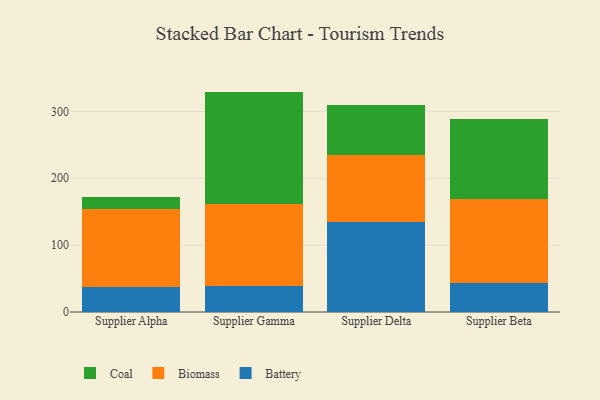
{"axis": {"x": "Supplier", "y": "Temperature (°C)"}, "legend": ["Battery", "Biomass", "Coal"], "data": [{"x": "Supplier Alpha", "y": 37.3, "type": "Battery"}, {"x": "Supplier Alpha", "y": 116.6, "type": "Biomass"}, {"x": "Supplier Alpha", "y": 18.3, "type": "Coal"}, {"x": "Supplier Gamma", "y": 38.5, "type": "Battery"}, {"x": "Supplier Gamma", "y": 122.4, "type": "Biomass"}, {"x": "Supplier Gamma", "y": 168.7, "type": "Coal"}, {"x": "Supplier Delta", "y": 134.5, "type": "Battery"}, {"x": "Supplier Delta", "y": 100.0, "type": "Biomass"}, {"x": "Supplier Delta", "y": 75.6, "type": "Coal"}, {"x": "Supplier Beta", "y": 42.7, "type": "Battery"}, {"x": "Supplier Beta", "y": 126.5, "type": "Biomass"}, {"x": "Supplier Beta", "y": 119.0, "type": "Coal"}]}